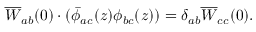
\overline { { { W } } } _ { a b } ( 0 ) \cdot ( \bar { \phi } _ { a c } ( z ) \phi _ { b c } ( z ) ) = \delta _ { a b } \overline { { { W } } } _ { c c } ( 0 ) .